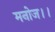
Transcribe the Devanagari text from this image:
मनोज।।